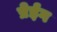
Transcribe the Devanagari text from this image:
प्रेईंग